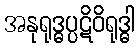
အနုရုဒ္ဓပ္ပဋိဝိရုဒ္ဓါ